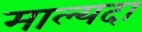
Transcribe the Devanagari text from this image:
माल्यदा